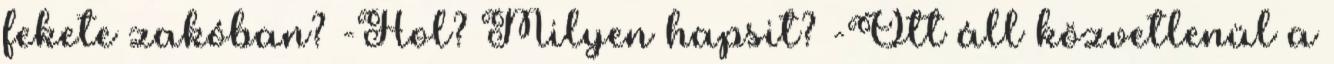
fekete zakóban? -Hol? Milyen hapsit? -Ott áll közvetlenül a